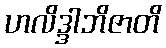
ဟလိဒ္ဒါဘိဇာတိ